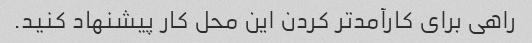
راهی برای کارآمدتر کردن این محل کار پیشنهاد کنید.